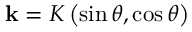
\mathbf { k } = K \left( \sin \theta , \cos \theta \right)